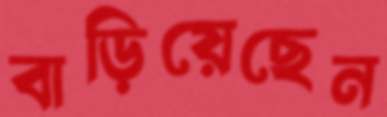
বাড়িয়েছেন